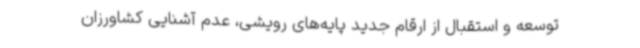
توسعه و استقبال از ارقام جدید پایه‌های رویشی، عدم آشنایی کشاورزان